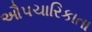
ઔપચારિકાતા